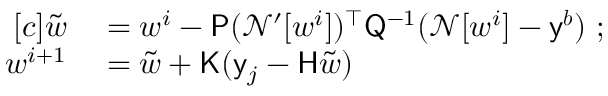
\begin{array} { r l } { [ c ] \tilde { \boldsymbol { w } } } & { { } = \boldsymbol { w } ^ { i } - \mathsf { P } ( \mathcal { N ^ { \prime } } [ \boldsymbol { w } ^ { i } ] ) ^ { \top } \mathsf { Q } ^ { - 1 } ( \mathcal { N } [ \boldsymbol { w } ^ { i } ] - \mathsf { y } ^ { \boldsymbol { b } } ) \mathrm { ~ ; ~ } } \\ { \boldsymbol { w } ^ { i + 1 } } & { { } = \tilde { \boldsymbol { w } } + \mathsf { K } ( \mathsf { y } _ { j } - \mathsf { H } \tilde { \boldsymbol { w } } ) } \end{array}